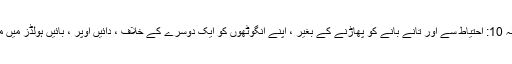
مرحلہ 10: احتیاط سے اور تانے بانے کو پھاڑنے کے بغیر ، اپنے انگوٹھوں کو ایک دوسرے کے خلاف ، دائیں اوپر ، بائیں ہولڈز میں مڑیں۔